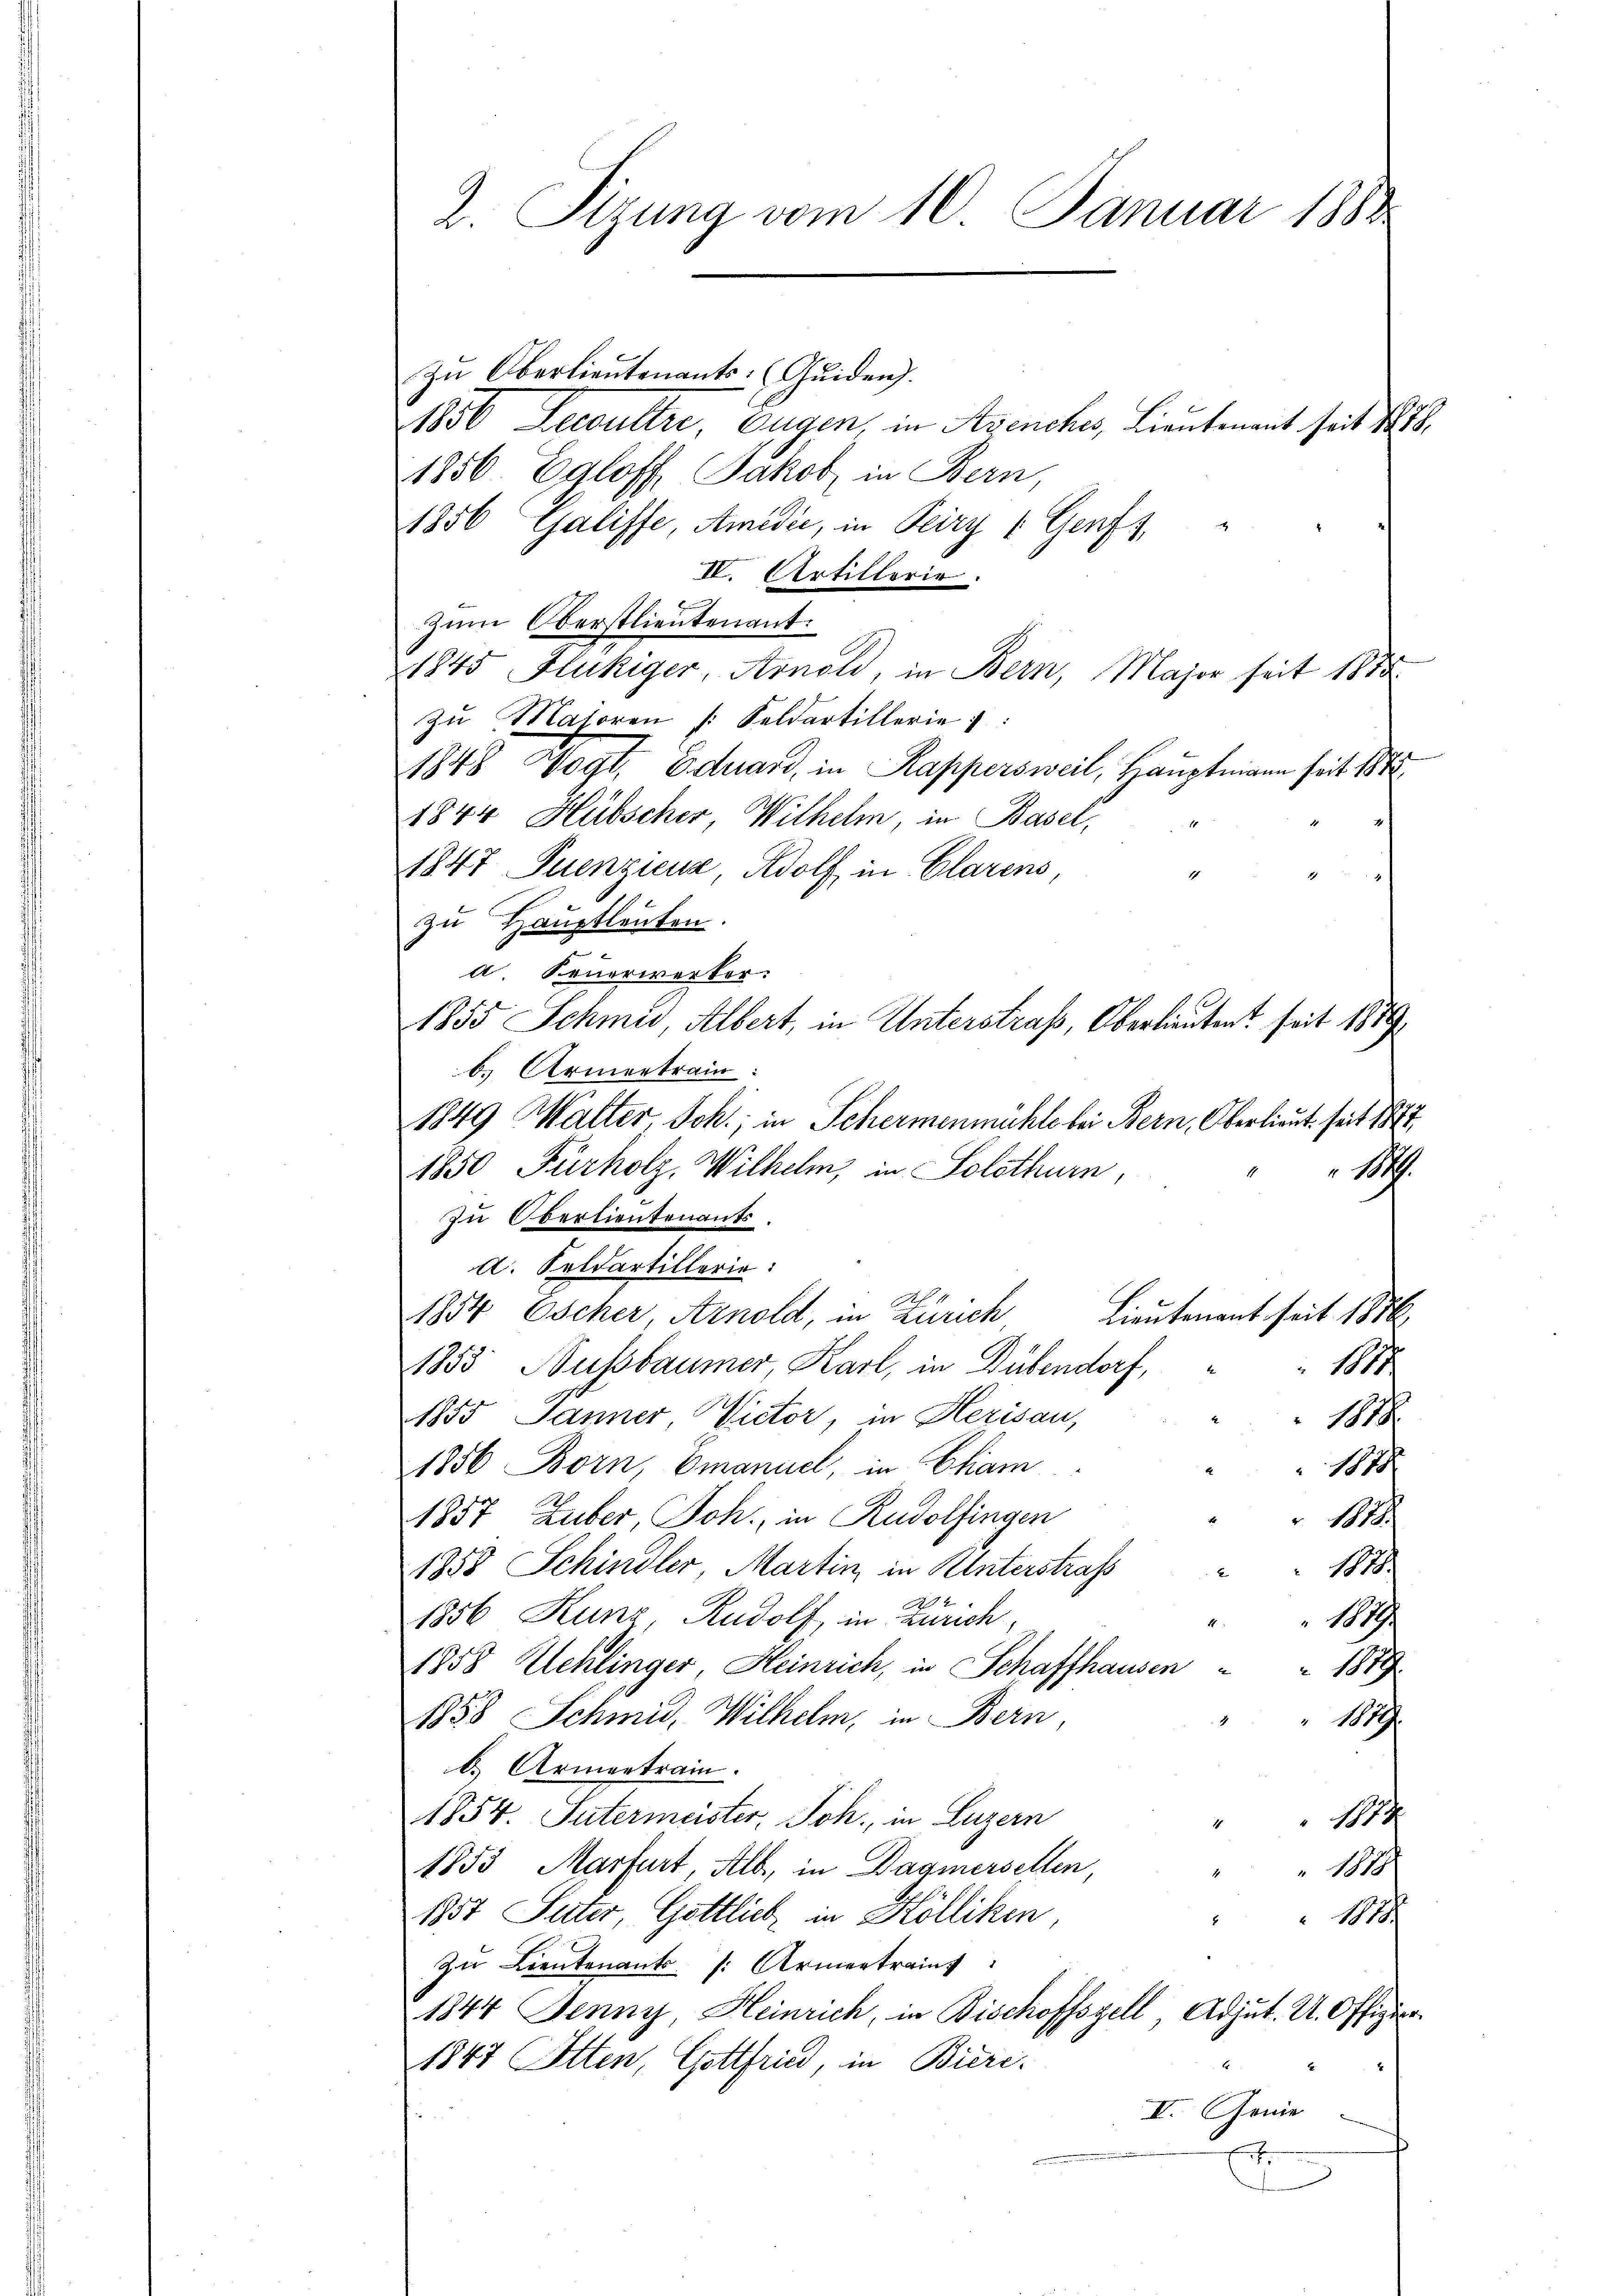
2. Sizung vom 10. Januar 1888

zŭ Oberlieutenants: (Quiden).
1856 Decultre, Eugen, in Avenches, Lieutenant seit 1878,
1856 Egloff, Jakob, in Bern,
1856 Galiffe Amidii, in Peiry u Genf,
IV. Artillerie.
zum Oberstlieutenant.
1845 Hlukiger, Arnold, in Bern, Major seit 1855
zŭ Majoren /: Feldartillerie
1848 Wogt. Eduard, in Kappersweil, Hauptmann seit 1875
1844 Hübscher, Wilhelm, in Basel,
1847 Puenziena, Adolf in Clarens,
1
zu Hauptleuten.
a Feuerwerker:
1855 Schmid, Albert, in Unterstraß, Oberlieutent seit 1889
b. Armentrain:
1849 Walter, Joh., in Schermenmühle bei Bern, Oberlieut. seit 1874
1850 Furholz, Wilhelm, in Solothurn,
1
zu Oberlieutenants.
d. Feldartillerie:
Lieutenant seit 1876
1854 Escher, Arnold, in Zürich
1853 Nussbaumer, Karl, in Dübendorf,
 1811
.
1855 Jänner Rector, in Herisau,
118
1856 Born, Emanuel, in Chiam
1870/
1857 Huber, Joh., in Rudolfingen
 1818.
1884
1858 Schindler Martin in Unterstrass
.
1856 Kunz, Rudolf in Zürich,
1889
1858 Uehlinger Heinrich, in Schaffhausen " " 1879
1858 Schmid, Wilhelm, in Bern,
18.
b. Armentrain.
1854. Intermeister, Joh., in Luzern
14
1
1853 Marfurt, Alb, in Dagmersellen,
1880/
1357 Suter, Gottlich in Hölliken,
1818.
Zu Lieutenant /: Armentrait
1844 Jenny, Heinrich, in Bischoffszell Adjut. U. Offizier
1847 Otten, Gottfried, in Bieri-
.
II. Genie
t